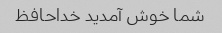
شما خوش آمدید خداحافظ